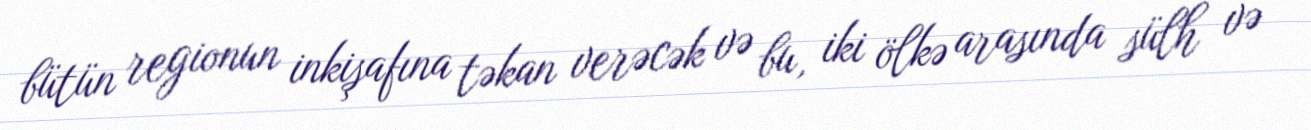
bütün regionun inkişafına təkan verəcək və bu, iki ölkə arasında sülh və